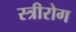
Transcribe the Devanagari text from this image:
स्‍त्रीरोग